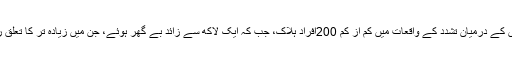
گذشتہ برس مسلمان اور بودھوں کے درمیان تشدد کے واقعات میں کم از کم 200افراد ہلاک، جب کہ ایک لاکھ سے زائد بے گھر ہوئے، جِن میں زیادہ تر کا تعلق روہنگیا اقلیتی برادری سے ہے۔